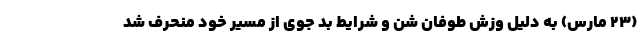
(۲۳ مارس) به دلیل وزش طوفان شن و شرایط بد جوی از مسیر خود منحرف شد